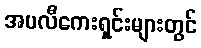
အပလီကေးရှင်းများတွင်